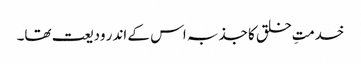
خدمتِ خلق کا جذبہ اس کے اندر ودیعت تھا۔